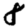
Digit: 8